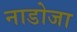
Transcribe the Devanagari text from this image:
नाडोजा